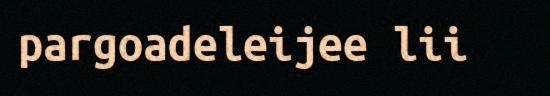
pargoadeleijee lii